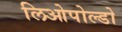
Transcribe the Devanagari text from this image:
लिओपोल्डो